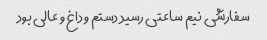
سفارشی نیم ساعتی رسید دستم و داغ و عالی بود